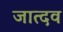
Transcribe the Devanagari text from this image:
जात्दव